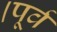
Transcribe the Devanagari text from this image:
।पूर्व